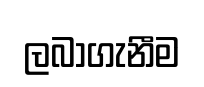
ලබාගැනීම